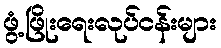
ဖွံ့ဖြိုးရေးလုပ်ငန်းများ